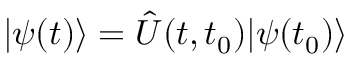
| \psi ( t ) \rangle = \hat { U } ( t , t _ { 0 } ) | \psi ( t _ { 0 } ) \rangle